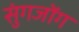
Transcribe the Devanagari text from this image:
सुंगजोंग